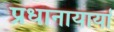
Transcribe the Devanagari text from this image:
प्रधानायार्या